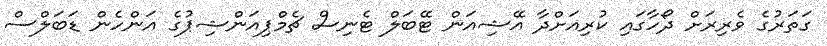
ގަތަރުގެ ވެރިރަށް ދޯހާގައި ކުރިއަށްދާ އޭޝިއަން ޓޭބަލް ޓެނިސް ޗެމްޕިއަންޝިޕުގެ އަންހެން ޑަބަލްސް